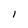
Character: I